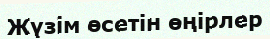
Жүзім өсетін өңірлер